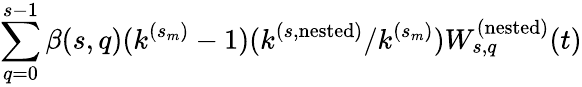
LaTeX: \sum_{q=0}^{s-1}\beta(s,q)(k^{(s_{m})}-1)(k^{(s,\mathrm{nested})}/k^{(s_{m})})W_{s,q}^{(\mathrm{nested})}(t)